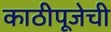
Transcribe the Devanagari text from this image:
काठीपूजेची